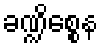
ခဏ္ဍိစ္စေန